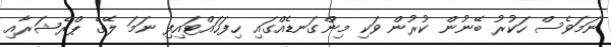
ނަމަވެސް ހަކުރު ބޭނުން ކުރުން ވަކި މިންގަނޑެއްގައި ހިފަހައްޓައިފި ނަމަ ލޭގެ ޕްރެޝަރާއި